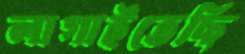
লাগাইতেছি